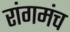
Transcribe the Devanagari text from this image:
रांगमंच